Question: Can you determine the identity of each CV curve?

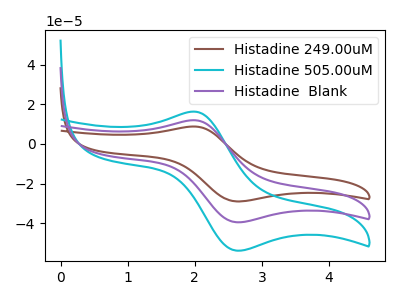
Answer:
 <answer>The brown curve is labeled "Histadine 249.00uM". The cyan curve is labeled "Histadine 505.00uM". The purple curve is labeled "Histadine  Blank".</answer>
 <eval></eval>